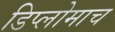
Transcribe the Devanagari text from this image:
डिप्लोमाच